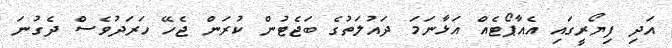
އަދި ފިޔޯރީގައި އެއާޕޯޓެއް އަޅާނަމަ ދައުލަތުގެ ބަޖެޓުން ކުރަން ޖެހޭ ހަރަދުވެސް ދެގުނަ